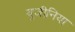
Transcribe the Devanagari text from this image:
यूजीनिया